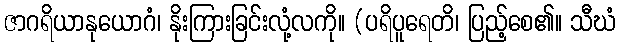
ဇာဂရိယာနုယောဂံ၊ နိုးကြားခြင်းလုံ့လကို။ (ပရိပူရေတိ၊ ပြည့်စေ၏။ သီဃံ